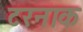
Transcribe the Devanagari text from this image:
टरनाक